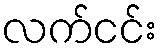
လက်ငင်း